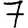
Digit: 7